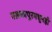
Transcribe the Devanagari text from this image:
मलकापूरमधूनही